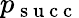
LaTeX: p_{\mathrm{~s~u~c~c~}}